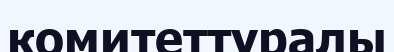
комитеттуралы